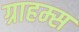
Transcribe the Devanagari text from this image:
ग्राहम्स